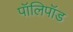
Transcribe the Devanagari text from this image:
पॉलिपॉड